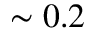
\sim 0 . 2